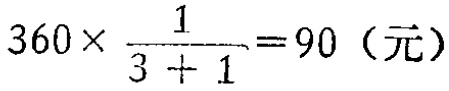
\(360\times\frac{1}{3 + 1}=90（元）\)